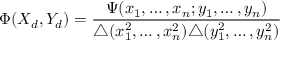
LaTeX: \Phi ( X _ { d } , Y _ { d } ) = \frac { \Psi ( x _ { 1 } , \ldots , x _ { n } ; y _ { 1 } , \ldots , y _ { n } ) } { \triangle ( x _ { 1 } ^ { 2 } , \ldots , x _ { n } ^ { 2 } ) \triangle ( y _ { 1 } ^ { 2 } , \ldots , y _ { n } ^ { 2 } ) }